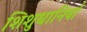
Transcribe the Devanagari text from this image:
शिशुधानियाँ